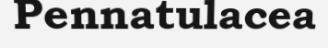
Pennatulacea